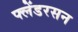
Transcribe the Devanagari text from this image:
फ्लेंडरसन